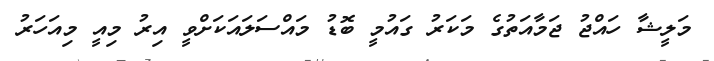
މަލީޝާ ހައްޖު ޖަމާއަތުގެ މަކަރު ގައުމީ ބޮޑު މައްސަލައަކަށްވީ އިރު މިއީ މިއަހަރު